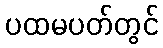
ပထမပတ်တွင်